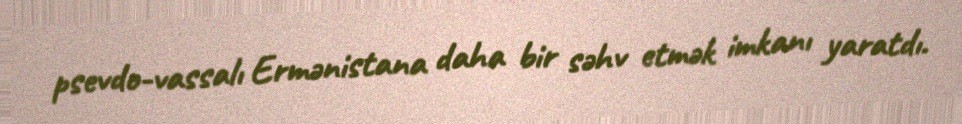
psevdo-vassalı Ermənistana daha bir səhv etmək imkanı yaratdı.